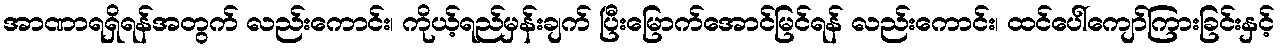
အာဏာရရှိရန်အတွက် လည်းကောင်း၊ ကိုယ့်ရည်မှန်းချက် ပြီးမြောက်အောင်မြင်ရန် လည်းကောင်း၊ ထင်ပေါ်ကျော်ကြားခြင်းနှင့်